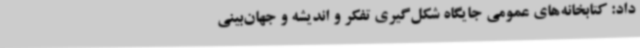
داد: کتابخانه‌های عمومی جایگاه شکل‌گیری تفکر و اندیشه و جهان‌بینی